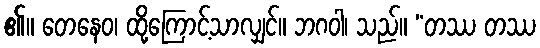
၏။ တေနေဝ၊ ထို့ကြောင့်သာလျှင်။ ဘဂဝါ၊ သည်။ “တဿ တဿ